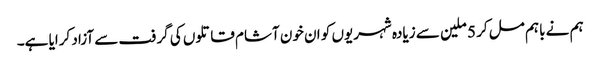
ہم نے باہم مل کر 5 ملین سے زیادہ شہریوں کو ان خون آشام قاتلوں کی گرفت سے آزاد کرایا ہے۔